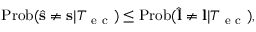
\mathrm { P r o b } ( \hat { \mathbf { s } } \neq \mathbf { s } | T _ { \mathrm { ~ e ~ c ~ } } ) \leq \mathrm { P r o b } ( \hat { \mathbf { l } } \neq \mathbf { l } | T _ { \mathrm { ~ e ~ c ~ } } ) ,